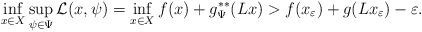
LaTeX: \begin{align*}\inf_{x\in X} \sup_{\psi\in\Psi} \mathcal{L} (x,\psi) = \inf_{x\in X} f(x) + g^{**}_\Psi (Lx) > f(x_\varepsilon) + g(Lx_\varepsilon) -\varepsilon.\end{align*}